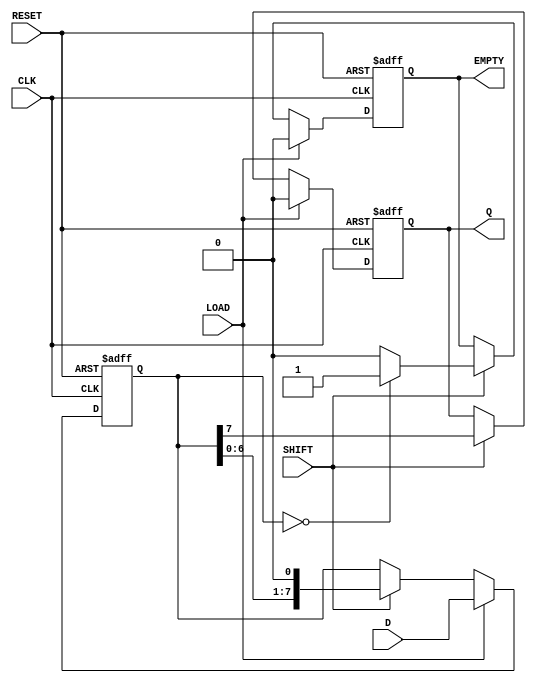
module PISO_Shift_Register (
    input wire [7:0] D,        // Parallel data input
    input wire LOAD,           // Load enable signal
    input wire SHIFT,          // Shift control signal
    input wire CLK,            // Clock signal
    input wire RESET,          // Reset signal
    output reg Q,              // Serial output
    output reg EMPTY           // Empty flag
);

    reg [7:0] shift_reg;       // Internal shift register

    always @(posedge CLK or posedge RESET) begin
        if (RESET) begin
            shift_reg <= 8'b0; // Reset the register to zero
            Q <= 1'b0;         // Reset the output
            EMPTY <= 1'b1;     // Register is empty after reset
        end else begin
            if (LOAD) begin
                shift_reg <= D; // Load parallel data into the shift register
                Q <= 1'b0;       // Reset output when loading
                EMPTY <= 1'b0;   // Register is not empty after loading
            end else if (SHIFT) begin
                Q <= shift_reg[7]; // Output the MSB
                shift_reg <= {shift_reg[6:0], 1'b0}; // Shift right
                if (shift_reg == 8'b0) begin
                    EMPTY <= 1'b1; // Set EMPTY flag if register is empty
                end else begin
                    EMPTY <= 1'b0; // Reset EMPTY flag while shifting
                end
            end
        end
    end

endmodule